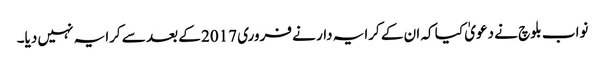
نواب بلوچ نے دعویٰ کیا کہ ان کے کرایہ دار نے فروری 2017 کے بعد سے کرایہ نہیں دیا۔